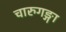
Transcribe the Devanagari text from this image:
चारुगङ्गा